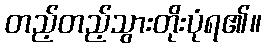
တည့်တည့်သွားတိုးပုံရ၏။